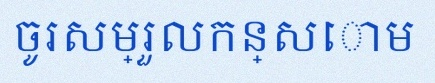
ចូរសម្រួលកន្សោម